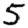
Digit: 5